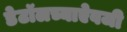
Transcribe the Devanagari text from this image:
डेटॉलच्याऐवजी